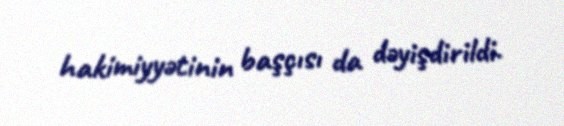
hakimiyyətinin başçısı da dəyişdirildi.